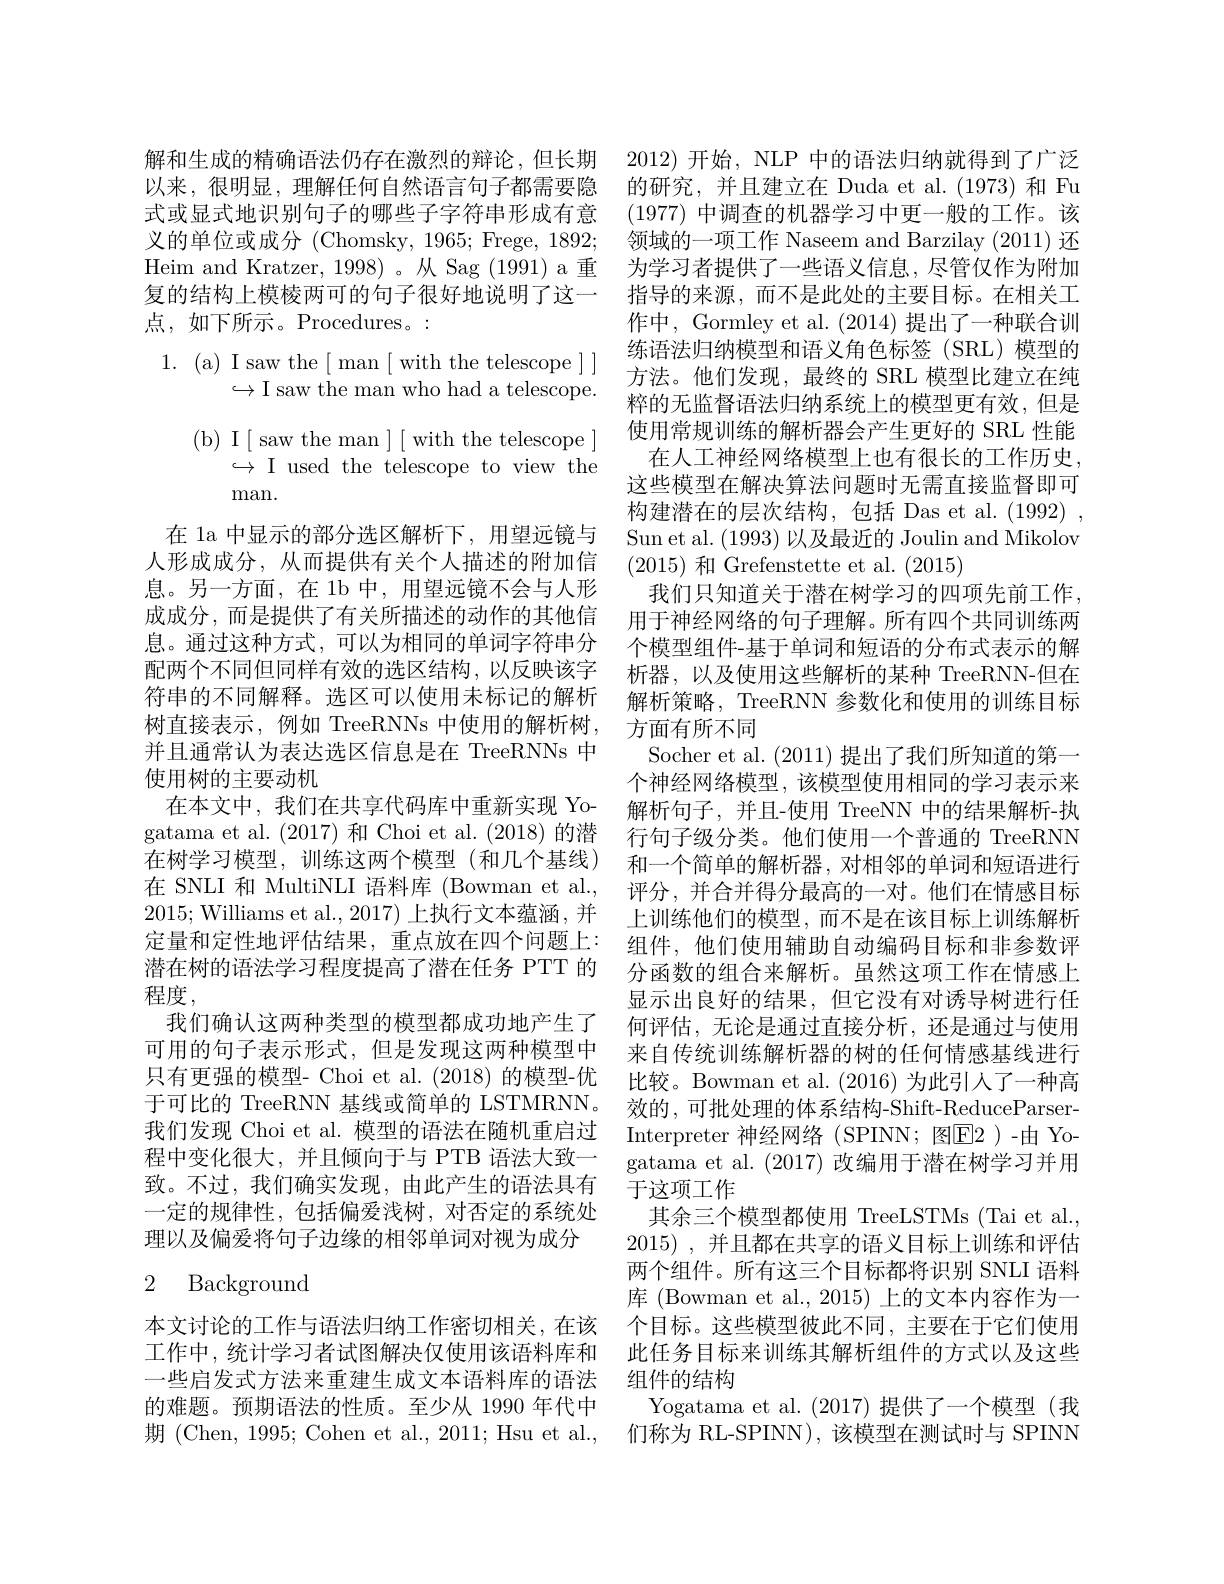
解和生成的精确语法仍存在激烈的辩论，但长期 2012)开始，NLP 中的语法归纳就得到了广泛以来，很明显，理解任何自然语言句子都需要隐 的研究，并且建立在 Duda et al.(1973) 和 Fu 式或显式地识别句子的哪些子字符串形成有意 (1977) 中调查的机器学习中更一般的工作。该义的单位或成分 (Chomsky, 1965; Frege, 1892; 领域的一项工作 Naseem and Barzilay (2011) 还Heim and Kratzer, 1998) 。从 Sag (1991) a 重 为学习者提供了一些语义信息，尽管仅作为附加复的结构上模棱两可的句子很好地说明了这一 指导的来源，而不是此处的主要目标。在相关工点，如下所示。Procedures。:

1. (a) I saw the[ man[ with the telescope]]
$\hookrightarrow$I saw the man who had a telescope. ( b) I[ saw the man ] [ with the telescope ]
$\hookrightarrow$I used the telescope to view the
$\max.$

在 1a 中显示的部分选区解析下，用望远镜与人形成成分，从而提供有关个人描述的附加信息。另一方面，在1b 中，用望远镜不会与人形成成分，而是提供了有关所描述的动作的其他信配两个不同但同样有效的选区结构，以反映该字并且通常认为表达选区信息是在 TreeRNNs 中使用树的主要动机
程度，

## 2 Background

作中，Gormley et al. (2014)提出了一种联合训练语法归纳模型和语义角色标签(SRL)模型的方法。他们发现，最终的 SRL 模型比建立在纯粹的无监督语法归纳系统上的模型更有效，但是使用常规训练的解析器会产生更好的 SRL 性能
在人工神经网络模型上也有很长的工作历史， 这些模型在解决算法问题时无需直接监督即可构建潜在的层次结构，包括 Das et al. (1992) , Sun et al. (1993)以及最近的 Joulin and Mikolov (2015)和 Grefenstette et al.(2015)
我们只知道关于潜在树学习的四项先前工作， 用于神经网络的句子理解。所有四个共同训练两
息。通过这种方式，可以为相同的单词字符串分 个模型组件-基于单词和短语的分布式表示的解
析器，以及使用这些解析的某种 TreeRNN-但在
符串的不同解释。选区可以使用未标记的解析 解析策略，TreeRNN 参数化和使用的训练目标
树直接表示，例如 TreeRNNs 中使用的解析树，方面有所不同
Socher et al. (2011)提出了我们所知道的第一个神经网络模型，该模型使用相同的学习表示来
在本文中，我们在共享代码库中重新实现 Yo- 解析句子，并且-使用 TreeNN 中的结果解析-执gatama et al. (2017) 和 Choi et al. (2018) 的潜 行句子级分类。他们使用一个普通的 TreeRNN 在树学习模型，训练这两个模型(和几个基线) 和一个简单的解析器，对相邻的单词和短语进行在 SNLI 和 MultiNLI 语料库 (Bowman et al., 评分，并合并得分最高的一对。他们在情感目标2015; Williams et al., 2017) 上执行文本蕴涵，并 上训练他们的模型，而不是在该目标上训练解析定量和定性地评估结果，重点放在四个问题上：组件，他们使用辅助自动编码目标和非参数评潜在树的语法学习程度提高了潜在任务 PTT 的 分函数的组合来解析。虽然这项工作在情感上
显示出良好的结果，但它没有对诱导树进行任
我们确认这两种类型的模型都成功地产生了 何评估，无论是通过直接分析，还是通过与使用可用的句子表示形式，但是发现这两种模型中 来自传统训练解析器的树的任何情感基线进行只有更强的模型- Choi et al. (2018) 的模型-优 比较。Bowman et al. (2016) 为此引人了一种高于可比的 TreeRNN 基线或简单的 LSTMRNN。效的，可批处理的体系结构-Shift-ReduceParser我们发现 Choi et al. 模型的语法在随机重启过 Interpreter 神经网络(SPINN; 图E2)-由 Yo程 中 变 化 很 大 , 并 且 倾 向 于 与 PTB 语 法 大 致 一 gatama et al. ( 2017) 改 编 用 于 潜 在 树 学 习 并 用 不 过 我 们 确 守 发 现 中 此 辛 什 的 话 注 目 右 gatama et al. ( 2017) 改 编 用 于 潜 在 树 学 习 并 用致。不过，我们确实发现，由此产生的语法具有 于这项工作
一定的规律性，包括偏爱浅树，对否定的系统处 其余三个模型都使用 TreeLSTMs (Tai et al., 理以及偏爱将句子边缘的相邻单词对视为成分 2015),并且都在共享的语义目标上训练和评估
两个组件。所有这三个目标都将识别 SNLI 语料库 (Bowman et al., 2015) 上的文本内容作为一
本文讨论的工作与语法归纳工作密切相关，在该 个目标。这些模型彼此不同，主要在于它们使用工作中，统计学习者试图解决仅使用该语料库和 此任务目标来训练其解析组件的方式以及这些一些启发式方法来重建生成文本语料库的语法 组件的结构
的难题。预期语法的性质。至少从 1990 年代中  Yogatama et al.(2017) 提供了一个模型(我期 (Chen, 1995; Cohen et al., 2011; Hsu et al., 们称为 RL-SPINN), 该模型在测试时与 SPINN